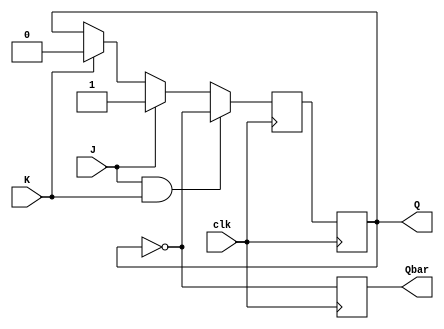
module neg_edge_jk_ff (
    input wire J,
    input wire K,
    input wire clk,
    output reg Q,
    output reg Qbar
);

reg Q_next;

always @(negedge clk) begin
    if (J & K) begin
        Q_next <= ~Q;
    end else if (J) begin
        Q_next <= 1'b1;
    end else if (K) begin
        Q_next <= 1'b0;
    end else begin
        Q_next <= Q;
    end
end

always @(posedge clk) begin
    Q <= Q_next;
    Qbar <= ~Q;
end

endmodule